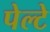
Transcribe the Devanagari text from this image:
पेल्टे